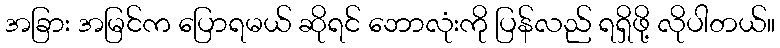
အခြား အမြင်က ပြောရမယ် ဆိုရင် ဘောလုံးကို ပြန်လည် ရရှိဖို့ လိုပါတယ်။